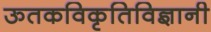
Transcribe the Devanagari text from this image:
ऊतकविकृतिविज्ञानी